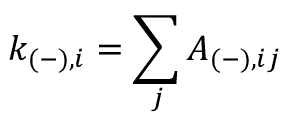
k _ { ( - ) , i } = \sum _ { j } A _ { ( - ) , i j }